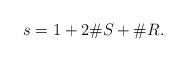
LaTeX: \begin{align*} s = 1 + 2 \# S_{} + \# R_{}.\end{align*}